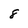
Character: 8